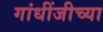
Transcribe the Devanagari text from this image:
गांधींजीच्या